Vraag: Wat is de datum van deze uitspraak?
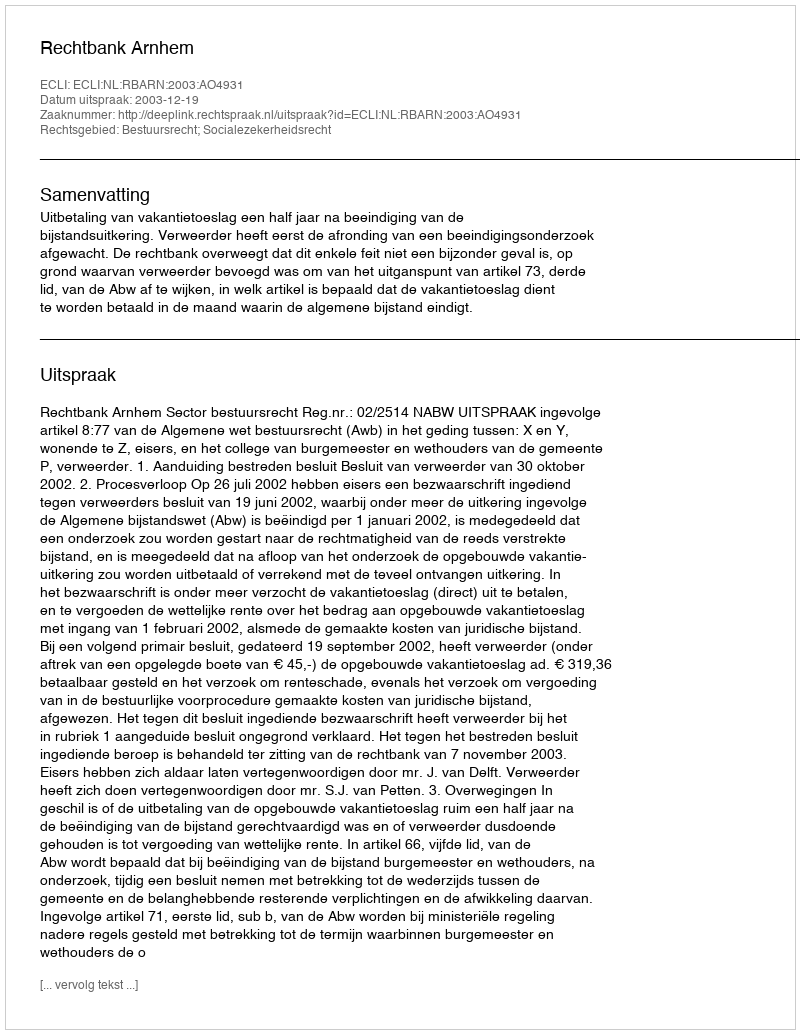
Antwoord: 2003-12-19